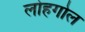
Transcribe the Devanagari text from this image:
लोहगोल